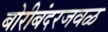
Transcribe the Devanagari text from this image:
बोरीबंदरजवळ